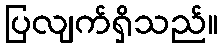
ပြလျက်ရှိသည်။